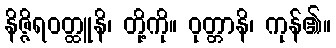
နိဇ္ဇိရဝတ္ထူနိ၊ တို့ကို။ ဝုတ္တာနိ၊ ကုန်၏။